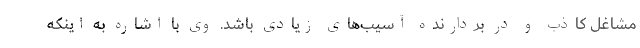
مشاغل کاذب و در بردارنده آسیب‌های زیادی باشد. وی با اشاره به اینکه